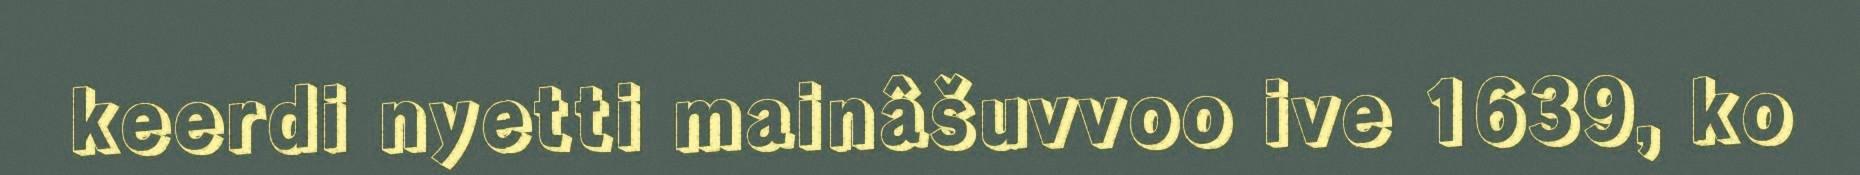
keerdi nyetti mainâšuvvoo ive 1639, ko